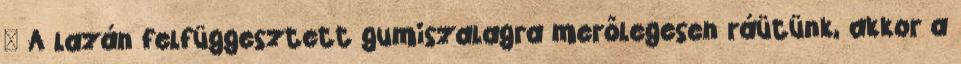
 A lazán felfüggesztett gumiszalagra merőlegesen ráütünk, akkor a